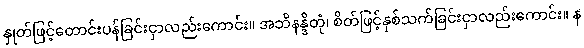
နှုတ်ဖြင့်တောင်းပန်ခြင်းငှာလည်းကောင်း။ အဘိနန္ဒိတုံ၊ စိတ်ဖြင့်နှစ်သက်ခြင်းငှာလည်းကောင်း။ န